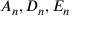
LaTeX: A _ { n } , D _ { n } , E _ { n }